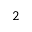
^ { 2 }